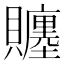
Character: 𧸳